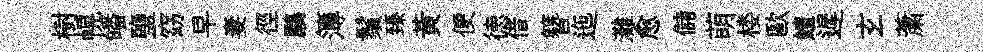
樹幌皤鹽窈早妻徑鸝簿鬚臻黃便徳借簪迤灘愈儲萌楼歐鱣遲𤣥䔥